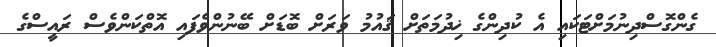
ގެންގޮސްދިނުމަށްޓަކައި އެ ކުދިންގެ ޚިދުމަތަށް ޤައުމު ވަރަށް ބޮޑަށް ބޭނުންވެފައި އޮތްކަންވެސް ރައީސްގެ